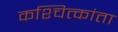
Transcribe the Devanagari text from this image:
कश्चित्कांता